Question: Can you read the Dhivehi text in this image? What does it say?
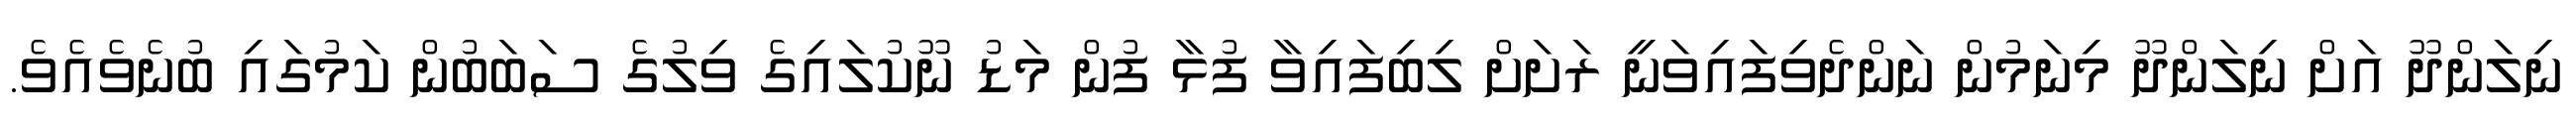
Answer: ނިލަންދޫ އަށް ނިލަންދޫ މިނަމުން ނަންދެވިފައިވަނީ ރަށަށް ލިބިފައިވާ ފުޅާ ފުން މަޑު ނޫކުލައިގެ ވިލުގެ ސަބަބުން ކަމުގައި ބުނެވެއެވެ.